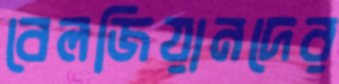
বেলজিয়ানদের